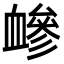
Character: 𧗋